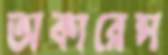
অকারেন্স